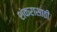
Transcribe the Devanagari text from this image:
शंकरासाठी